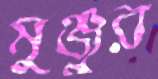
মুঞ্জুর